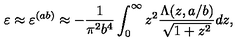
\varepsilon \approx \varepsilon ^ { ( a b ) } \approx - \frac { 1 } { \pi ^ { 2 } b ^ { 4 } } \int _ { 0 } ^ { \infty } { z ^ { 2 } \frac { \Lambda ( z , a / b ) } { \sqrt { 1 + z ^ { 2 } } } d z } ,